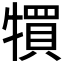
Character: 𤛬